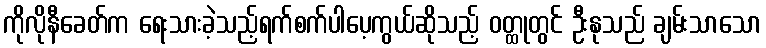
ကိုလိုနီခေတ်က ရေးသားခဲ့သည့်ရက်စက်ပါပေ့ကွယ်ဆိုသည့် ဝတ္ထုတွင် ဦးနုသည် ချမ်းသာသော